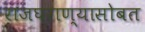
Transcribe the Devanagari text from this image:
राजघराण्यासोबत